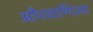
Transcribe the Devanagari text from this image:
औरवाणिज्य